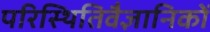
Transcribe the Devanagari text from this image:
परिस्थितिवैज्ञानिकों